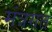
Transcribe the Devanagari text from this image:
मंत्रगत